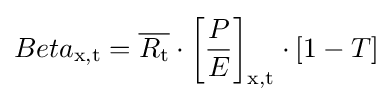
Beta_{\text{x,t}}={\overline {R_{\text{t}}}}\cdot \left[{\frac {P}{E}}\right]_{\text{x,t}}\cdot [1-T]